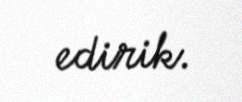
edirik.